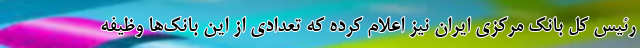
رئیس کل بانک مرکزی ایران نیز اعلام کرده که تعدادی از این بانک‌ها وظیفه